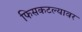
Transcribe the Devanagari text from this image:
फिसकटल्यावर